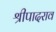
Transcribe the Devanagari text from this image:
श्रीपादराव